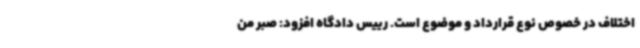
اختلاف در خصوص نوع قرارداد و موضوع است. رییس دادگاه افزود: صبر من